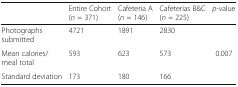
<table><thead><tr><td></td><td><b>Entire Cohort (<i>n</i> = 371)</b></td><td><b>Cafeteria A (<i>n</i> = 146)</b></td><td><b>Cafeterias B&amp;C (<i>n</i> = 225)</b></td><td><b><i>p</i>-value</b></td></tr></thead><tbody><tr><td>Photographs submitted</td><td>4721</td><td>1891</td><td>2830</td><td></td></tr><tr><td>Mean calories/meal total</td><td>593</td><td>623</td><td>573</td><td rowspan="2">0.007</td></tr><tr><td>Standard deviation</td><td>173</td><td>180</td><td>166</td></tr></tbody></table>